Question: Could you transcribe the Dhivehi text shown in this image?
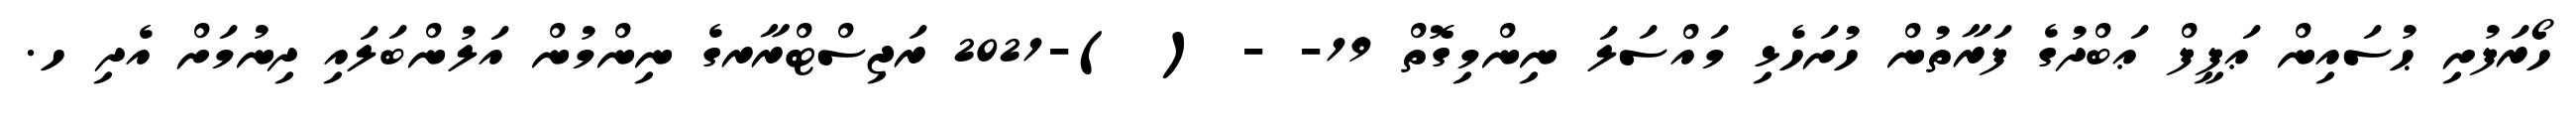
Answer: ހޯރަފުށި ޙުސައިން ޢަފީފް ޢަބްދުގެ ފަރާތުން ހުށަހެޅި މައްސަލަ ނިންމިގޮތް 19- - ( )-2021 ރަޖިސްޓްރާރގެ ނިންމުން އަލުންބަލައި ދިނުމަށް އެދި ހ.